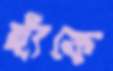
ছাঁকে